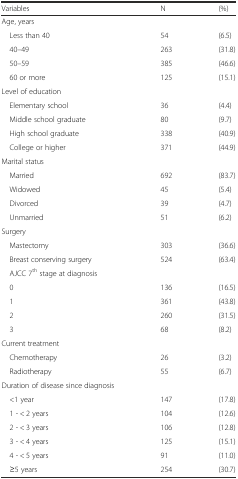
<table><thead><tr><td><b>Variables</b></td><td><b>N</b></td><td><b>(%)</b></td></tr></thead><tbody><tr><td>Age, years</td><td></td><td></td></tr><tr><td> Less than 40</td><td>54</td><td>(6.5)</td></tr><tr><td> 40–49</td><td>263</td><td>(31.8)</td></tr><tr><td> 50–59</td><td>385</td><td>(46.6)</td></tr><tr><td> 60 or more</td><td>125</td><td>(15.1)</td></tr><tr><td>Level of education</td><td></td><td></td></tr><tr><td> Elementary school</td><td>36</td><td>(4.4)</td></tr><tr><td> Middle school graduate</td><td>80</td><td>(9.7)</td></tr><tr><td> High school graduate</td><td>338</td><td>(40.9)</td></tr><tr><td> College or higher</td><td>371</td><td>(44.9)</td></tr><tr><td>Marital status</td><td></td><td></td></tr><tr><td> Married</td><td>692</td><td>(83.7)</td></tr><tr><td> Widowed</td><td>45</td><td>(5.4)</td></tr><tr><td> Divorced</td><td>39</td><td>(4.7)</td></tr><tr><td> Unmarried</td><td>51</td><td>(6.2)</td></tr><tr><td>Surgery</td><td></td><td></td></tr><tr><td> Mastectomy</td><td>303</td><td>(36.6)</td></tr><tr><td> Breast conserving surgery</td><td>524</td><td>(63.4)</td></tr><tr><td> AJCC 7<sup>th</sup> stage at diagnosis</td><td></td><td></td></tr><tr><td> 0</td><td>136</td><td>(16.5)</td></tr><tr><td> 1</td><td>361</td><td>(43.8)</td></tr><tr><td> 2</td><td>260</td><td>(31.5)</td></tr><tr><td> 3</td><td>68</td><td>(8.2)</td></tr><tr><td>Current treatment</td><td></td><td></td></tr><tr><td> Chemotherapy</td><td>26</td><td>(3.2)</td></tr><tr><td> Radiotherapy</td><td>55</td><td>(6.7)</td></tr><tr><td>Duration of disease since diagnosis</td><td></td><td></td></tr><tr><td> &lt;1 year</td><td>147</td><td>(17.8)</td></tr><tr><td> 1 - &lt; 2 years</td><td>104</td><td>(12.6)</td></tr><tr><td> 2 - &lt; 3 years</td><td>106</td><td>(12.8)</td></tr><tr><td> 3 - &lt; 4 years</td><td>125</td><td>(15.1)</td></tr><tr><td> 4 - &lt; 5 years</td><td>91</td><td>(11.0)</td></tr><tr><td> ≥5 years</td><td>254</td><td>(30.7)</td></tr></tbody></table>